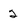
Character: 2